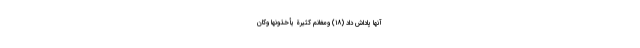
آنها پاداش داد (۱۸) وَمَغَانِمَ كَثِيرَةً يَأْخُذُونَهَا وَكَانَ